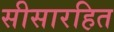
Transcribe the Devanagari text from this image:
सीसारहित